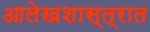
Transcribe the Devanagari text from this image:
आलेखशास्त्रात